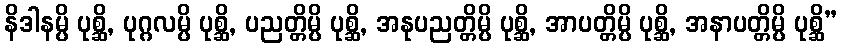
နိဒါနမ္ပိ ပုစ္ဆိ, ပုဂ္ဂလမ္ပိ ပုစ္ဆိ, ပညတ္တိမ္ပိ ပုစ္ဆိ, အနုပညတ္တိမ္ပိ ပုစ္ဆိ, အာပတ္တိမ္ပိ ပုစ္ဆိ, အနာပတ္တိမ္ပိ ပုစ္ဆိ”